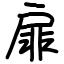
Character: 扉